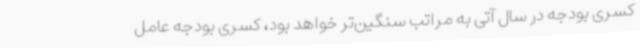
کسری بودجه در سال آتی به مراتب سنگین‌تر خواهد بود، کسری بودجه عامل